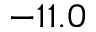
- 1 1 . 0